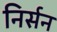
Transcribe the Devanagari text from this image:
निर्सन